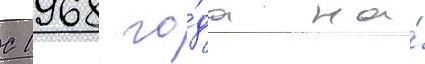
С 1968 го́да на́